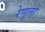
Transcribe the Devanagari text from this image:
रेणूला